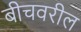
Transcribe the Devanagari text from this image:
बीचवरील